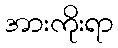
အားကိုးရာ